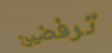
ترفضين